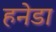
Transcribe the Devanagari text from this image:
हनेडा